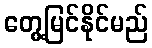
တွေ့မြင်နိုင်မည်